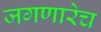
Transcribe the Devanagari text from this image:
जगणारेच